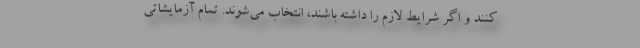
کنند و اگر شرایط لازم را داشته باشند، انتخاب می‌شوند. تمام آزمایشاتی